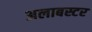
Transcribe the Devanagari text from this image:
अलाबस्टर